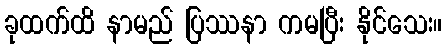
ခုထက်ထိ နာမည် ပြဿနာ ကမပြီး နိုင်သေး။